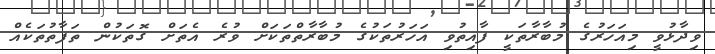
ވިދާޅުވީ މިއަހަރުގެ މުބާރާތަކީ ފާއިތުވި އަހަރުތަކުގެ މުބާރާތްތަކަށް ވުރެ އެތަށް ގޮތަކުން ތަފާތުތަކެއް